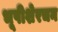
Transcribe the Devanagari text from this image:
भूपीशेरचन